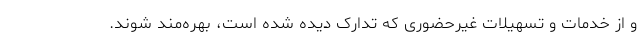
و از خدمات و تسهیلات غیرحضوری که تدارک دیده شده است، بهره‌مند شوند.